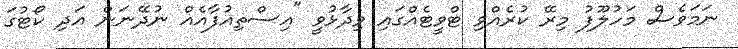
ނަމަވެސް މަހުލޫފު މިރޭ ކުރެއްވި ޓްވީޓެއްގައި ވިދާޅުވީ "އިސްތިއުފާއެއް ނުދޭނަން އަދި ކޯޓުގަ